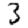
Digit: 3